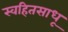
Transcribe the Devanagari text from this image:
स्वहितसाधू